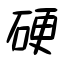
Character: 硬